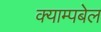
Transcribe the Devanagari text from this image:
क्याम्पबेल